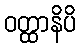
ဝတ္ထာနိပိ